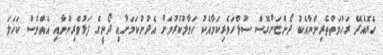
ހެޔޮއެދޭ ރަހުމަތްތެރިންނާއެކު ދޯންޏަށްގޮސް ސުލްހަވެރިކަމާއެކު ހަވާލުކުރުމަށް އެދުނުކަމަށާއި ދޯނީގެ ފަޅުވެރިންނާއި އެއްވެސް ކަހަލަ